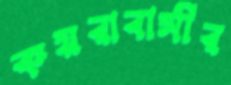
কয়রাবাসীর